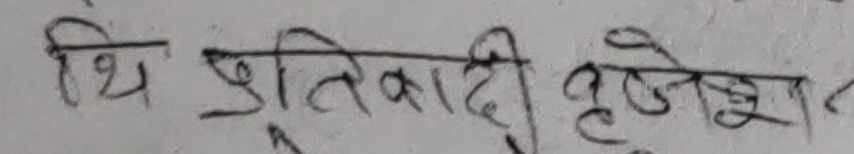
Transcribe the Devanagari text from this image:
थि श्रुतिवादी बुझेछु